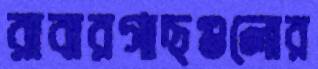
রাবারগাছগুলোর